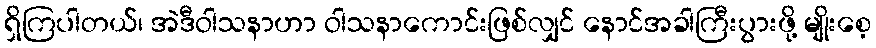
ရှိကြပါတယ်၊ အဲဒီဝါသနာဟာ ဝါသနာကောင်းဖြစ်လျှင် နောင်အခါကြီးပွားဖို့ မျိုးစေ့